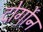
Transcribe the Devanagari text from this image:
दोर्गोन